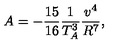
A = - \frac { 1 5 } { 1 6 } \frac { 1 } { T _ { A } ^ { 3 } } \frac { v ^ { 4 } } { R ^ { 7 } } ,